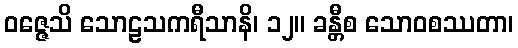
ဝဇ္ဇေသိ သောဠသကရီသာနိ၊ ၁၂။ ခန္တီစ သောဝစဿတာ၊